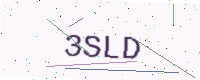
Text: 3SLD